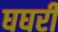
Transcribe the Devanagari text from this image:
घघरी